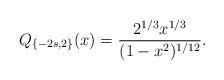
LaTeX: \begin{align*}Q_{\{-2s,2\}}(x)=\frac{2^{1/3}x^{1/3}}{(1-x^2)^{1/12}}.\end{align*}